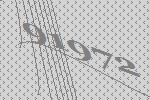
91972